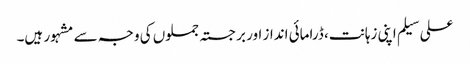
علی سیلم اپنی زہانت، ڈرامائی انداز اور برجستہ جملوں کی وجہ سے مشہور ہیں۔